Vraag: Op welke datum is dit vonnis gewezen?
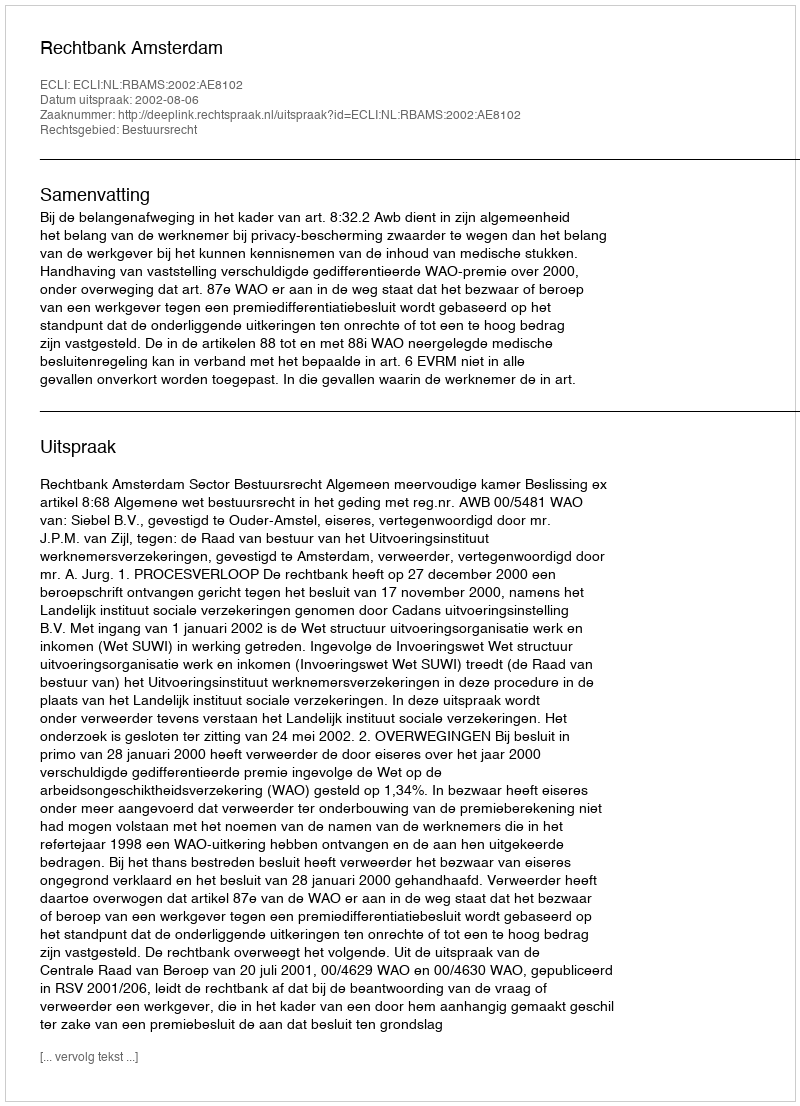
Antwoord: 2002-08-06